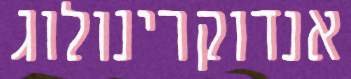
אנדוקרינולוג